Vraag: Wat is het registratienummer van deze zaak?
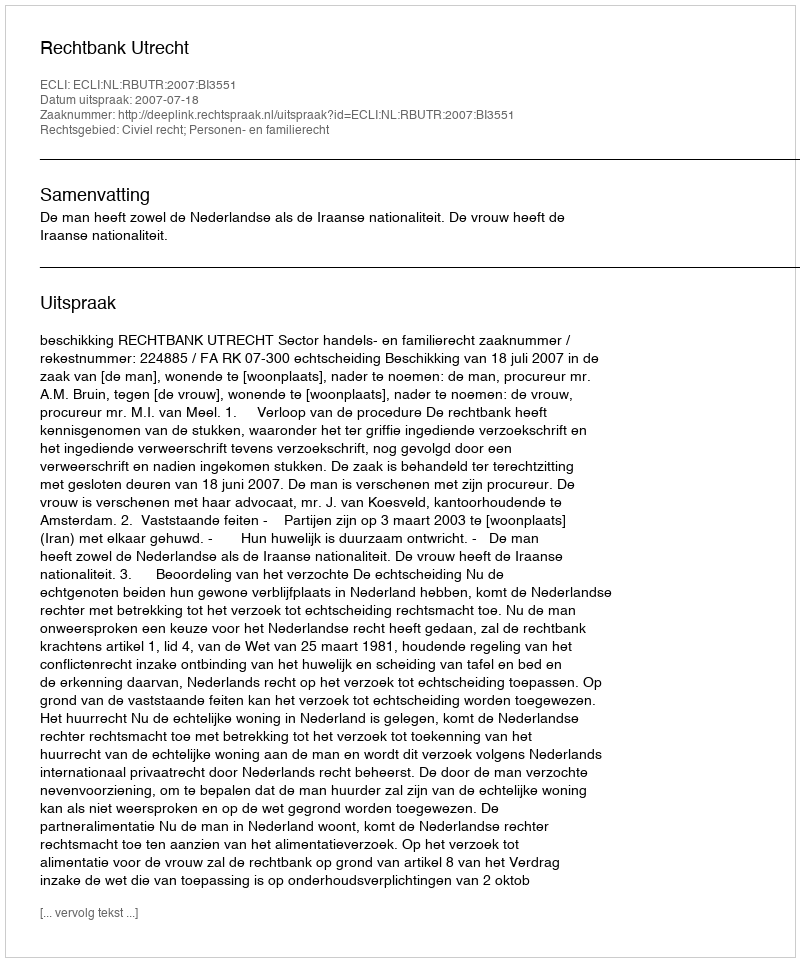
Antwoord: http://deeplink.rechtspraak.nl/uitspraak?id=ECLI:NL:RBUTR:2007:BI3551